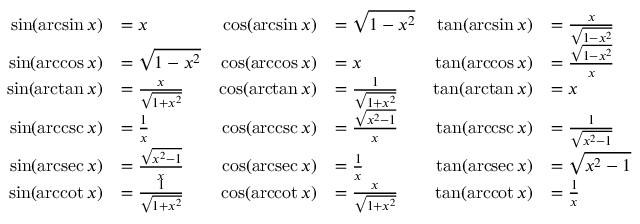
{ \begin{array} { r l r l r l } { \sin ( \arcsin x ) } & { = x } & { \cos ( \arcsin x ) } & { = { \sqrt { 1 - x ^ { 2 } } } } & { \tan ( \arcsin x ) } & { = { \frac { x } { \sqrt { 1 - x ^ { 2 } } } } } \\ { \sin ( \operatorname { a r c c o s } x ) } & { = { \sqrt { 1 - x ^ { 2 } } } } & { \cos ( \operatorname { a r c c o s } x ) } & { = x } & { \tan ( \operatorname { a r c c o s } x ) } & { = { \frac { \sqrt { 1 - x ^ { 2 } } } { x } } } \\ { \sin ( \arctan x ) } & { = { \frac { x } { \sqrt { 1 + x ^ { 2 } } } } } & { \cos ( \arctan x ) } & { = { \frac { 1 } { \sqrt { 1 + x ^ { 2 } } } } } & { \tan ( \arctan x ) } & { = x } \\ { \sin ( \operatorname { a r c c s c } x ) } & { = { \frac { 1 } { x } } } & { \cos ( \operatorname { a r c c s c } x ) } & { = { \frac { \sqrt { x ^ { 2 } - 1 } } { x } } } & { \tan ( \operatorname { a r c c s c } x ) } & { = { \frac { 1 } { \sqrt { x ^ { 2 } - 1 } } } } \\ { \sin ( \operatorname { a r c s e c } x ) } & { = { \frac { \sqrt { x ^ { 2 } - 1 } } { x } } } & { \cos ( \operatorname { a r c s e c } x ) } & { = { \frac { 1 } { x } } } & { \tan ( \operatorname { a r c s e c } x ) } & { = { \sqrt { x ^ { 2 } - 1 } } } \\ { \sin ( \operatorname { a r c c o t } x ) } & { = { \frac { 1 } { \sqrt { 1 + x ^ { 2 } } } } } & { \cos ( \operatorname { a r c c o t } x ) } & { = { \frac { x } { \sqrt { 1 + x ^ { 2 } } } } } & { \tan ( \operatorname { a r c c o t } x ) } & { = { \frac { 1 } { x } } } \end{array} }